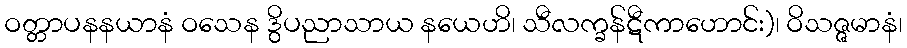
ဝတ္တာပနနယာနံ ဝသေန ဒွိပညာသာယ နယေဟိ၊ သီလက္ခန်ဋီကာဟောင်း)၊ ဝိသဇ္ဇမာနံ၊